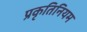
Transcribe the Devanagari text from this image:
प्रकृतिनियम